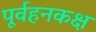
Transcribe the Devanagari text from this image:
पूर्वहनकक्ष